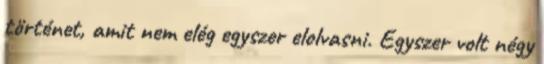
történet, amit nem elég egyszer elolvasni. Egyszer volt négy